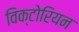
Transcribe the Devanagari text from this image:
विक्‍टोरियन